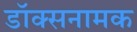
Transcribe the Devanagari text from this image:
डॉक्सनामक